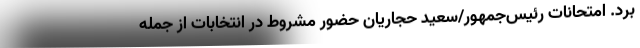
برد. امتحانات رئیس‌جمهور/سعید حجاریان حضور مشروط در انتخابات از جمله